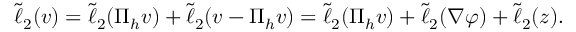
\begin{array} { r } { \tilde { \ell } _ { 2 } ( \boldsymbol { v } ) = \tilde { \ell } _ { 2 } ( \Pi _ { h } \boldsymbol { v } ) + \tilde { \ell } _ { 2 } ( \boldsymbol { v } - \Pi _ { h } \boldsymbol { v } ) = \tilde { \ell } _ { 2 } ( \Pi _ { h } \boldsymbol { v } ) + \tilde { \ell } _ { 2 } ( \nabla \varphi ) + \tilde { \ell } _ { 2 } ( \boldsymbol { z } ) . } \end{array}